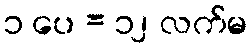
၁ ပေ = ၁၂ လက်မ